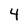
Character: 4